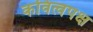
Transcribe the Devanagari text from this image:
कवित्वपक्ष